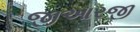
જીઆરજી